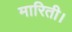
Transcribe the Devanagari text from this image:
मारिती।